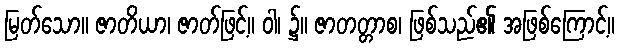
မြတ်သော။ ဇာတိယာ၊ ဇာတ်ဖြင့်။ ဝါ၊ ၌။ ဇာတတ္တာစ၊ ဖြစ်သည်၏ အဖြစ်ကြောင့်။